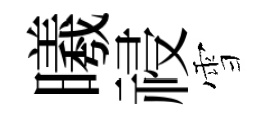
曦祲雪